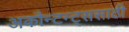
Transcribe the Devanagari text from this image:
अकौन्टन्ट्‌ससाठी